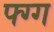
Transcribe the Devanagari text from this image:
फ्ग्ग